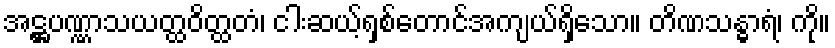
အဋ္ဌပဏ္ဏာသယတ္ထဝိတ္ထတံ၊ ငါးဆယ့်ရှစ်တောင်အကျယ်ရှိသော။ တိဏသန္ဓာရံ၊ ကို။